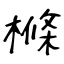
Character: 樤